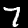
Digit: 7